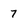
Character: 7